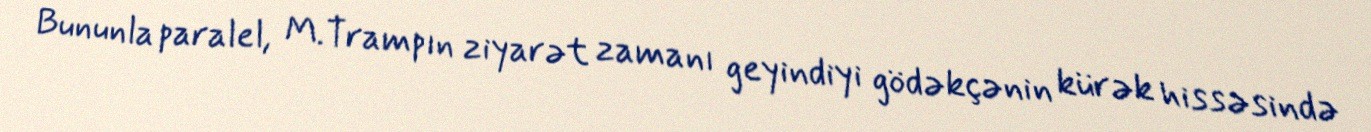
Bununla paralel, M.Trampın ziyarət zamanı geyindiyi gödəkçənin kürək hissəsində